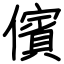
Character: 儐